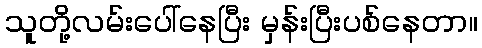
သူတို့လမ်းပေါ်နေပြီး မှန်းပြီးပစ်နေတာ။